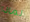
لماذا